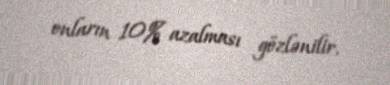
onların 10% azalması gözlənilir.